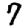
Digit: 7